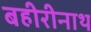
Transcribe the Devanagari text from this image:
बहीरीनाथ